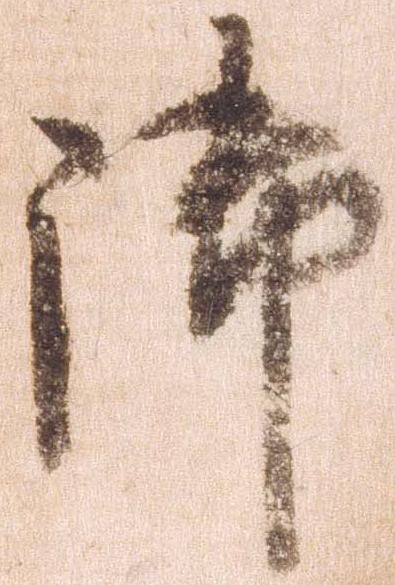
御